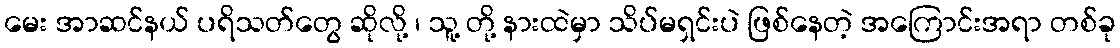
မေး အာဆင်နယ် ပရိသတ်တွေ ဆိုလို့ ၊ သူ့ တို့ နားထဲမှာ သိပ်မရှင်းပဲ ဖြစ်နေတဲ့ အကြောင်းအရာ တစ်ခု